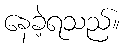
နေခဲ့ရသည်။